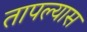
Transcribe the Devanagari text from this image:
तापल्यास